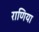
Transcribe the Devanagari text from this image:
राणिया